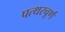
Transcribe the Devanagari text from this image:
पत्थरचूर्ण